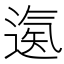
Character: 𨕀